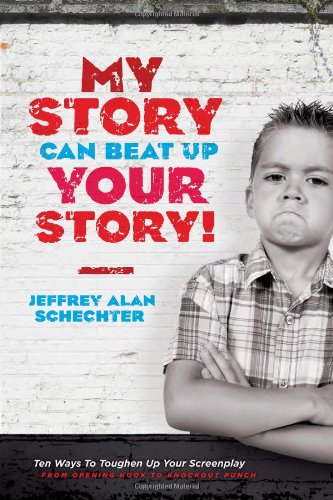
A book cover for My Story Can Beat Up Your Story: Ten Ways to Toughen Up Your Screenplay from Opening Hook to Knockout Punch; Jeffrey Schechter; Humor & Entertainment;